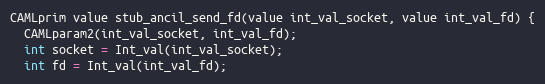
Language: C
CAMLprim value stub_ancil_send_fd(value int_val_socket, value int_val_fd) {
  CAMLparam2(int_val_socket, int_val_fd);
  int socket = Int_val(int_val_socket);
  int fd = Int_val(int_val_fd);